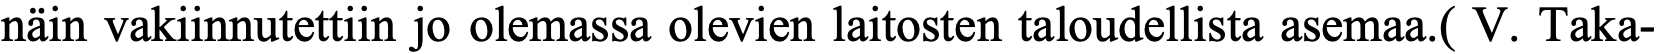
näin vakiinnutettiin jo olemassa olevien laitosten taloudellista asemaa.( V. Taka-